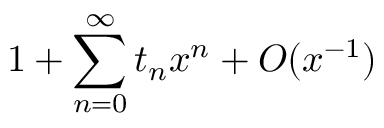
1 + \sum _ { n = 0 } ^ { \infty } t _ { n } x ^ { n } + { \cal O } ( x ^ { - 1 } )